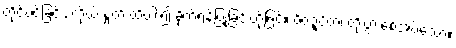
တိုင်ပင်ခြင်း, ကိုယ် နှုတ် ထိပါး၍ ခိုက်ရန်ပြုခြင်းတို့ဖြင့်။ ဝိဝဍ္ဎိတံ၊ တိုးပွားစေအပ်သော။